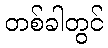
တစ်ခါတွင်